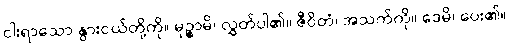
ငါးရာသော နွားငယ်တို့ကို။ မုဉ္စာမိ၊ လွှတ်ပါ၏။ ဇီဝိတံ၊ အသက်ကို။ ဒေမိ၊ ပေး၏။